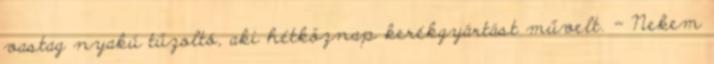
vastag nyakú tűzoltó, aki hétköznap kerékgyártást művelt. - Nekem